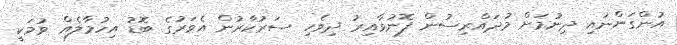
އުންގަންނައި ދިނުމަށް މުދައްރިސުން ފޮނުވާއިރު ދިވެހި ސަރުކާރުން އެވަރުގެ ބޮޑު އިހުމާލެއް ވުމަކީ